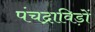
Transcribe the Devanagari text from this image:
पंचद्राविड़ों